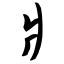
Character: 爿